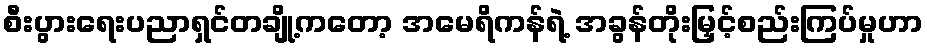
စီးပွားရေးပညာရှင်တချို့ကတော့ အမေရိကန်ရဲ့ အခွန်တိုးမြှင့်စည်းကြပ်မှုဟာ